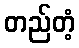
တည်တံ့